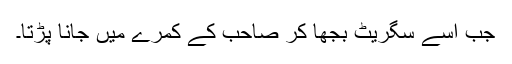
جب اسے سگریٹ بجھا کر صاحب کے کمرے میں جانا پڑتا۔